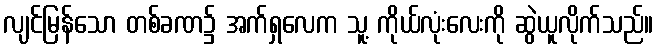
လျင်မြန်သော တစ်ခဏ၌ အက်ရှလေက သူ့ ကိုယ်လုံးလေးကို ဆွဲယူလိုက်သည်။